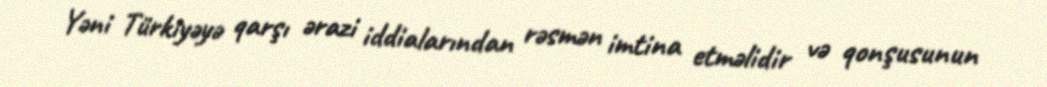
Yəni Türkiyəyə qarşı ərazi iddialarından rəsmən imtina etməlidir və qonşusunun